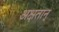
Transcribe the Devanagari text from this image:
अक्षतान्